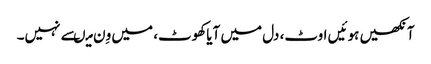
آنکھیں ہوئیں اوٹ، دل میں آیاکھوٹ، میں وِن میںسے نہیں۔